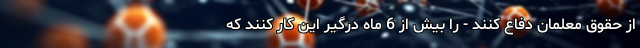
از حقوق معلمان دفاع کنند - را بیش از 6 ماه درگیر این کار کنند که